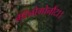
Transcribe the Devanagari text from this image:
मॉनोगोनौंटा।